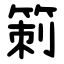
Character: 箣